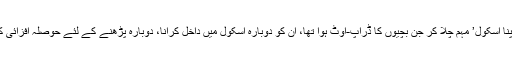
راجستھان نے ‘اپنا بچہ، اپنا اسکول’ مہم چلا کر جن بچیوں کا ڈراپ-آؤٹ ہوا تھا، ان کو دوبارہ اسکول میں داخل کرانا، دوبارہ پڑھنے کے لئے حوصلہ افزائی کرنے کی مہم چلائی ہے۔